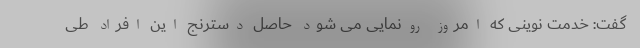
گفت: خدمت نوینی که امروز رونمایی می شود حاصل دسترنج این افراد طی